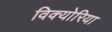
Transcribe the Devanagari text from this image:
विक्योरिया